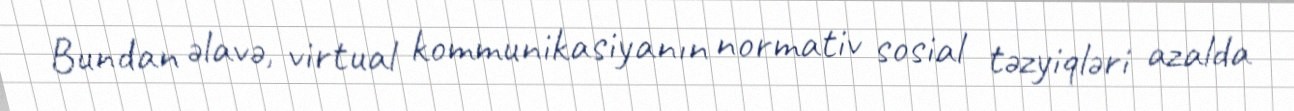
Bundan əlavə, virtual kommunikasiyanın normativ sosial təzyiqləri azalda